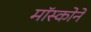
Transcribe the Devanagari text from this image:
मॉस्कोने